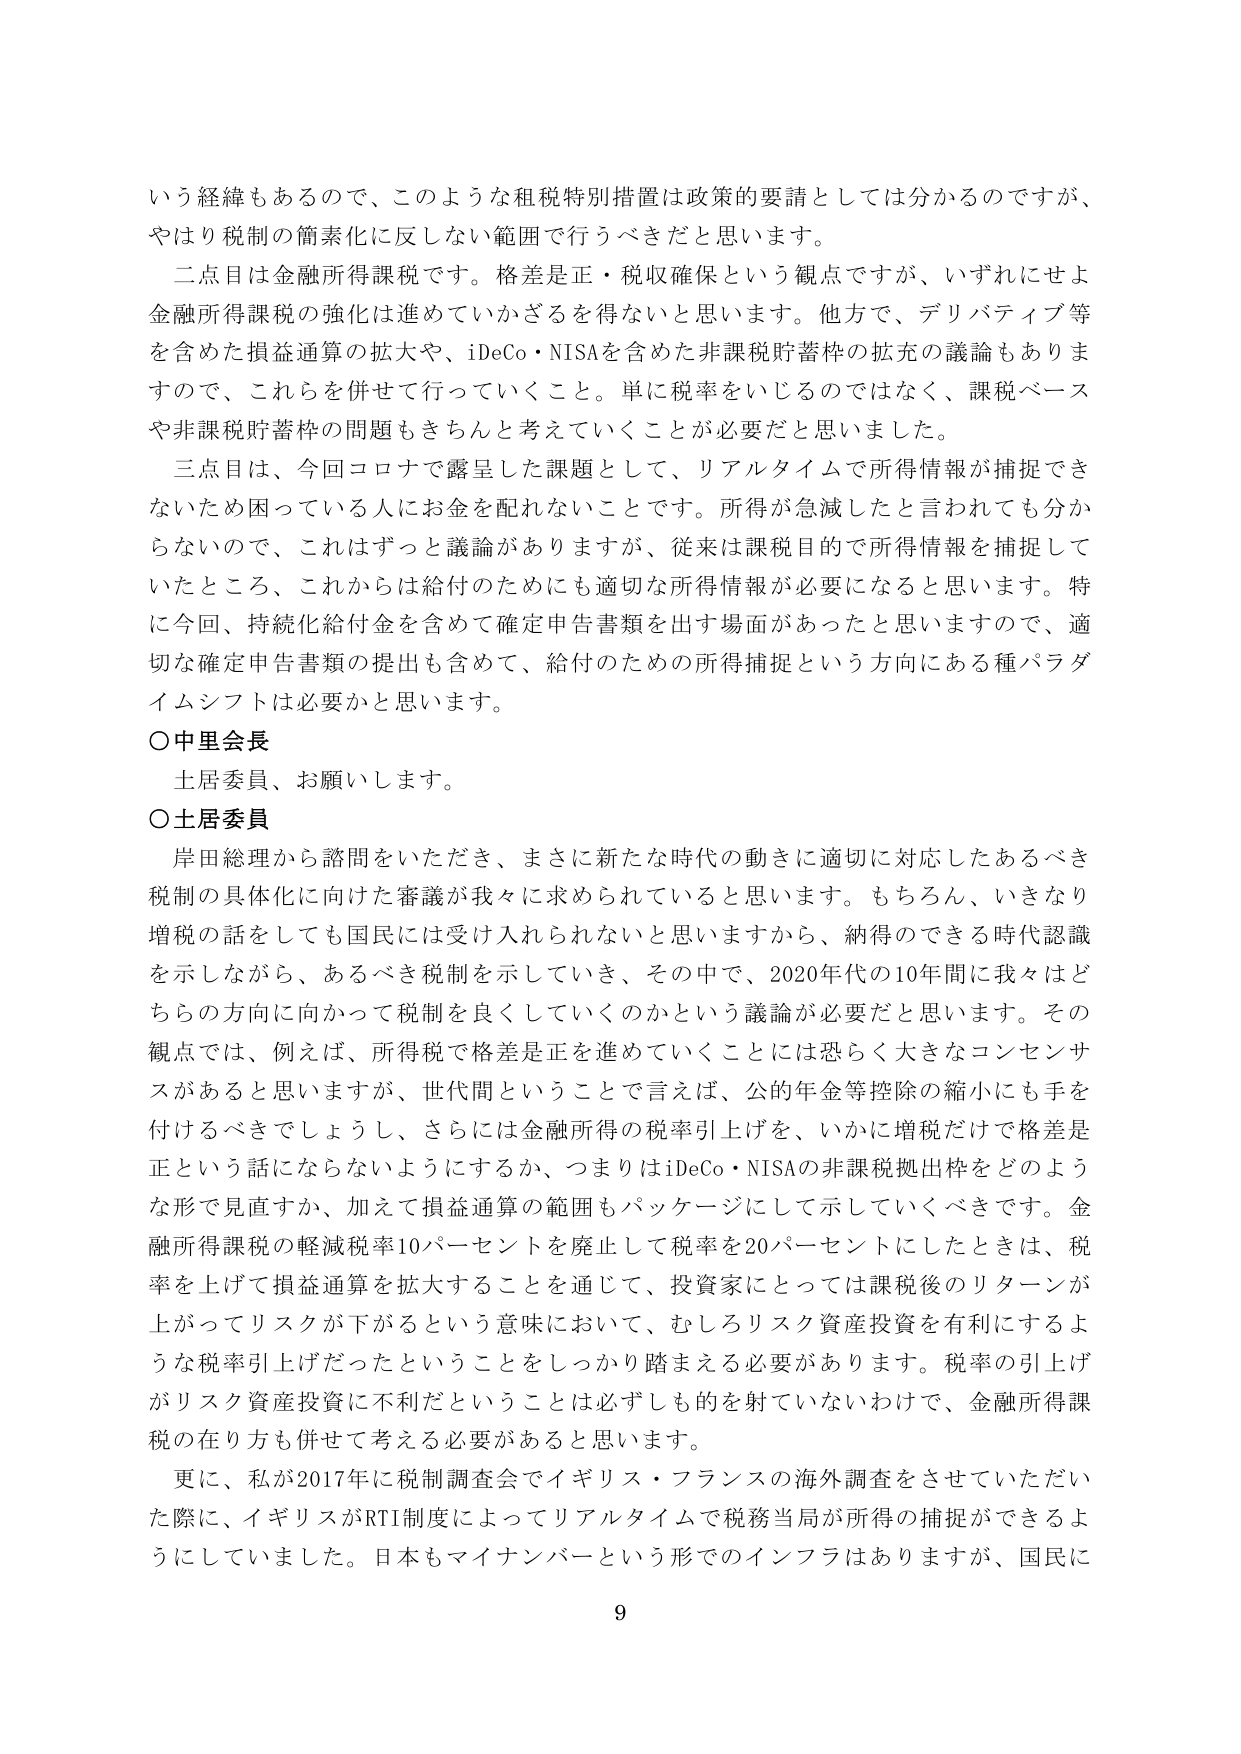
いう経緯もあるので、このような租税特別措置は政策的要請としては分かるのですが、
やはり税制の簡素化に反しない範囲で行うべきだと思います。
二点目は金融所得課税です。格差是正・税収確保という観点ですが、いずれにせよ
金融所得課税の強化は進めていかざるを得ないと思います。他方で、デリバティブ等
を含めた損益通算の拡大や、iDeCo・NISAを含めた非課税貯蓄枠の拡充の議論もありま
すので、これらを併せて行っていくこと。単に税率をいじるのではなく、課税ベース
や非課税貯蓄枠の問題もきちんと考えていくことが必要だと思いました。
三点目は、今回コロナで露呈した課題として、リアルタイムで所得情報が捕捉でき
ないため困っている人にお金を配れないことです。所得が急減したと言われても分か
らないので、これはずっと議論がありますが、従来は課税目的で所得情報を捕捉して
いたところ、これからは給付のためにも適切な所得情報が必要になると思います。特
に今回、持続化給付金を含めて確定申告書類を出す場面があったと思いますので、適
切な確定申告書類の提出も含めて、給付のための所得捕捉という方向にある種パラダ
イムシフトは必要かと思います。
○中里会長
土居委員、お願いします。
○土居委員
岸田総理から諮問をいただき、まさに新たな時代の動きに適切に対応したあるべき
税制の具体化に向けた審議が我々に求められていると思います。もちろん、いきなり
増税の話をしても数国民には受け入れられないと思いますから、納得のできる時代認識
を示しながら、あるべき税制を示していき、その中で、2020年代の10年間に我々はど
ちらの方向に向かって税制を良くしていくのかという議論が必要だと思います。その
観点では、例えば、所得税で格差是正を進めていくことには恐らく大きなコンセンサ
スがあると思いますが、世代間ということで言えば、公的年金等控除の縮小にも手を
付けるべきでしょうし、さらには金融所得の税率引上げを、いかに増税だけで格差是
正という話にならないようにするか、つまりはiDeCo・NISAの非課税拠出枠をどのよう
な形で見直すか、加えて損益通算の範囲もパッケージにして示していくべきです。金
融所得課税の軽減税率10パーセントを廃止して税率を20パーセントにしたときは、税
率を上げて損益通算を拡大することを通じて、投資家にとっては課税後のリターンが
上がってリスクが下がるという意味において、むしろリスク資産投資を有利にするよ
うな税率引上げだったということをしっかり踏まえる必要があります。税率の引上げ
がリスク資産投資に不利だということは必ずしも的を射ていないわけで、金融所得課
税の在り方も併せて考える必要があると思います。
更に、私が2017年に税制調査会でイギリス・フランスの海外調査をさせていただい
た際に、イギリスがRTI制度によってリアルタイムで税務当局が所得の捕捉ができるよ
うにしていました。日本もマイナンバーという形でのインフラはありますが、国民に
9